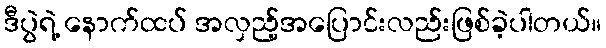
ဒီပွဲရဲ့ နောက်ထပ် အလှည့်အပြောင်းလည်းဖြစ်ခဲ့ပါတယ်။